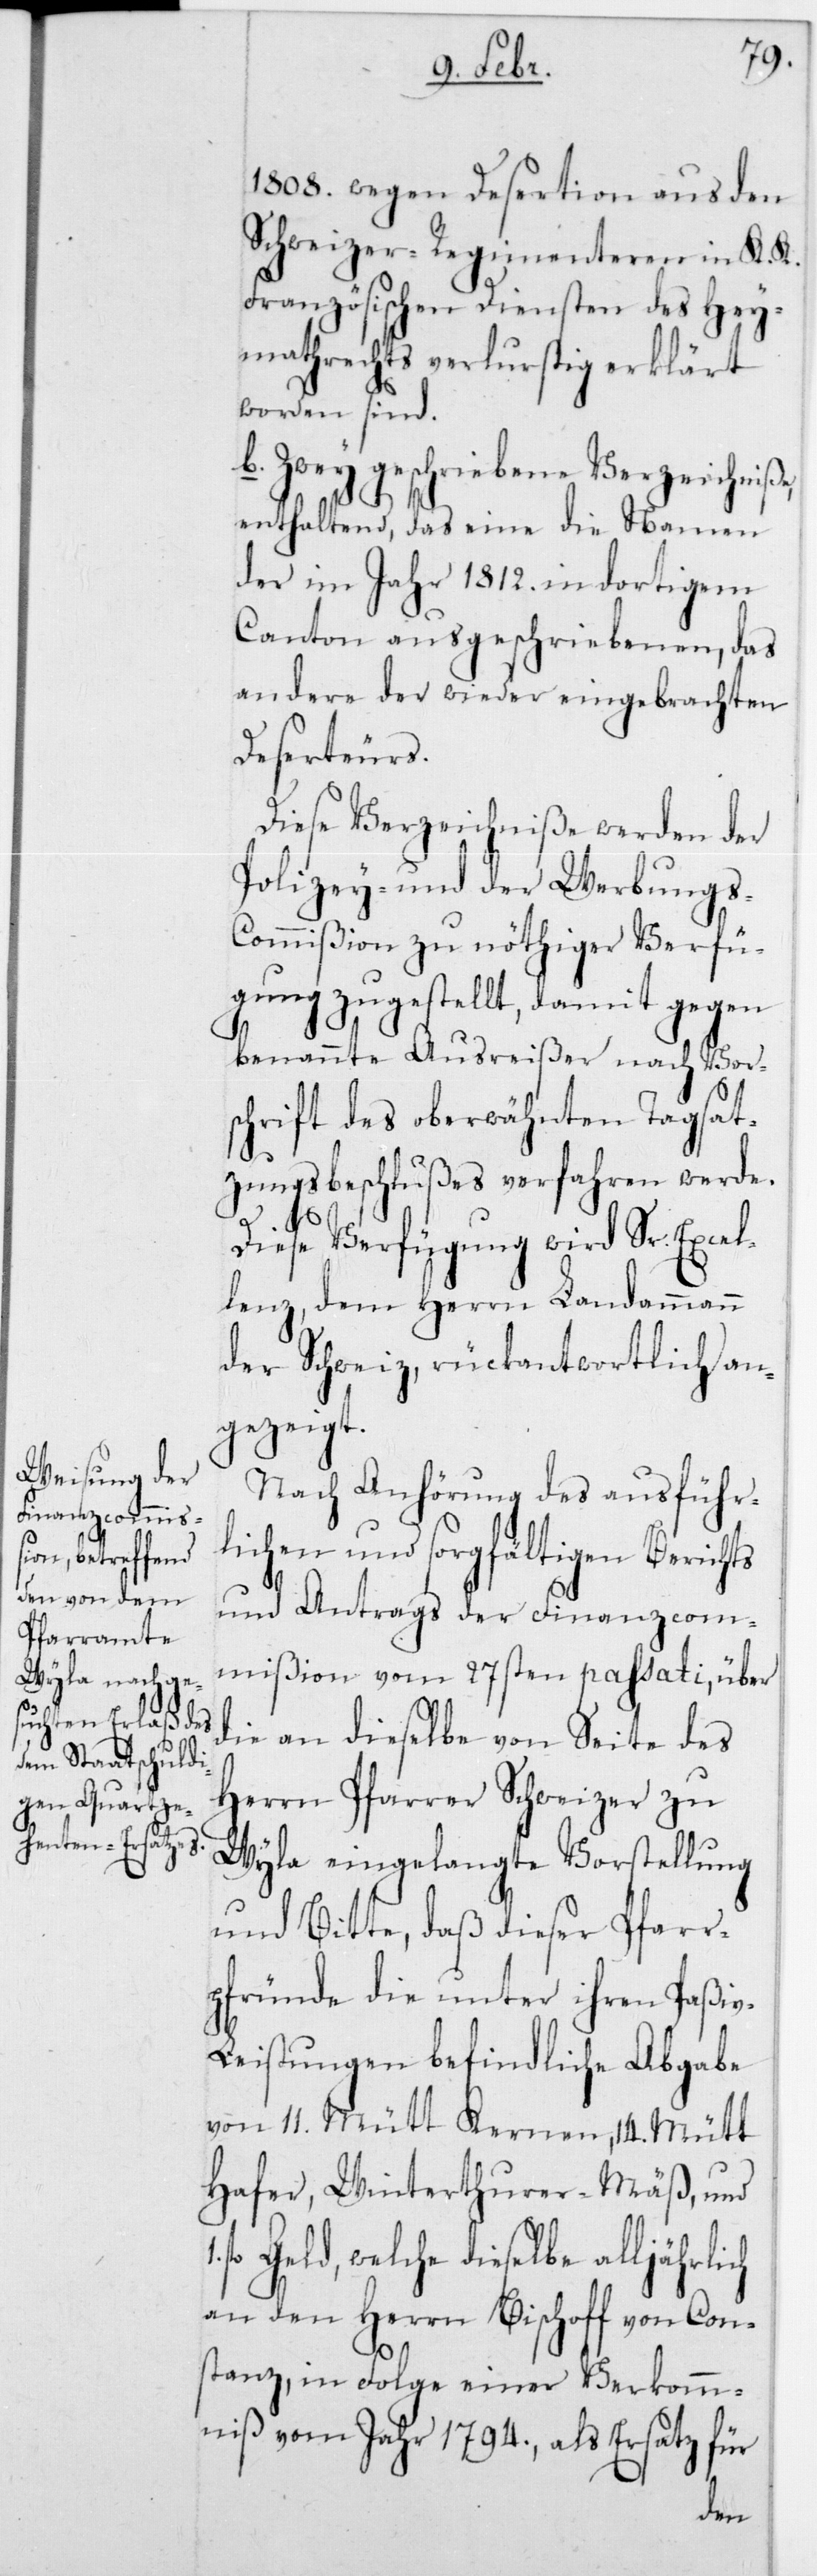
1808 wegen Desertion aus den
Schweizer-Regimenteren in K. K.
Französischen Diensten des Hey¬
mathrechts verlustig erklärt
worden sind.
b. Zwey geschriebene Verzeichniße,
enthaltend, das eine die Namen
der im Jahr 1812 in dortigem
Canton ausgeschriebenen; das
andere der wieder eingebrachten
Deserteurs.
Diese Verzeichniße werden der
Polizey- und der Werbungs-C¬
ommißion zu nöthiger Verfü¬
gung zugestellt, damit gegen
benannte Ausreißer nach Vor¬
schrift des oberwähnten Tagsat¬
zungsbeschlußes verfahren werde.
Diese Verfügung wird Sr. Excel¬
lenz, dem Herrn Landammann
der Schweiz, rückantwortlich an¬
gezeigt.
Nach Anhörung des ausführ¬
lichen und sorgfältigen Berichts
und Antrags der Finanzcom¬
mißion vom 27sten passati, über
die an dieselbe von Seite des
Herrn Pfarrer Schweizer zu
Wyla eingelangte Vorstellung
und Bitte, daß dieser Pfarr¬
pfründe die unter ihren Paßiv-L¬
eistungen befindliche Abgabe
von 11 Mütt Kernen, 14 Mütt
Hafer, Winterthurer-Mäß, und
fl. Geld, welche dieselbe alljährlich
an den Herrn Bischoff von Con¬
stanz, in Folge einer Verkomm¬
niß vom Jahr 1794, als Ersatz für